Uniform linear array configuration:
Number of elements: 32
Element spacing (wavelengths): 0.25
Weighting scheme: blackman
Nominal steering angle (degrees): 30
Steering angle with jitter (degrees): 29.82
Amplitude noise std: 0.05
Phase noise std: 0.05

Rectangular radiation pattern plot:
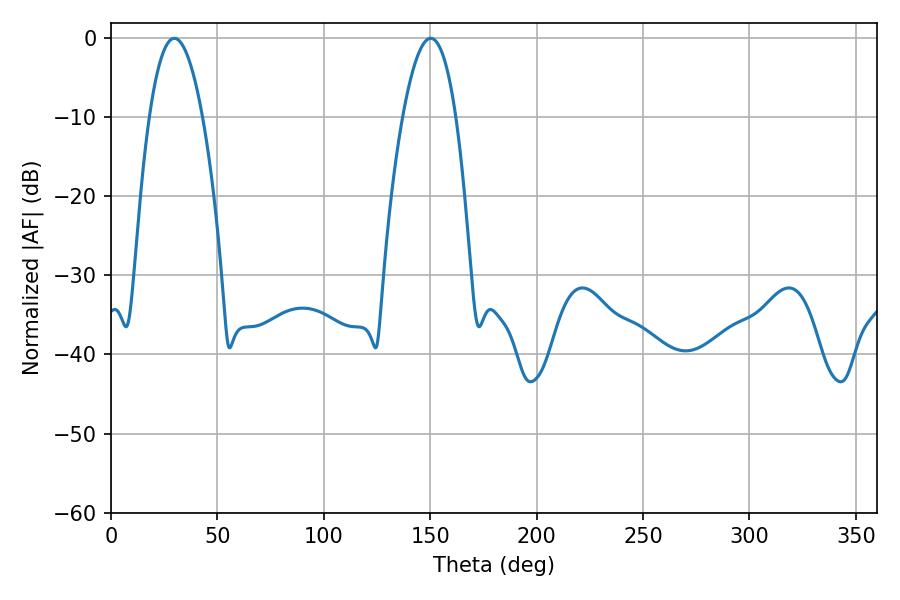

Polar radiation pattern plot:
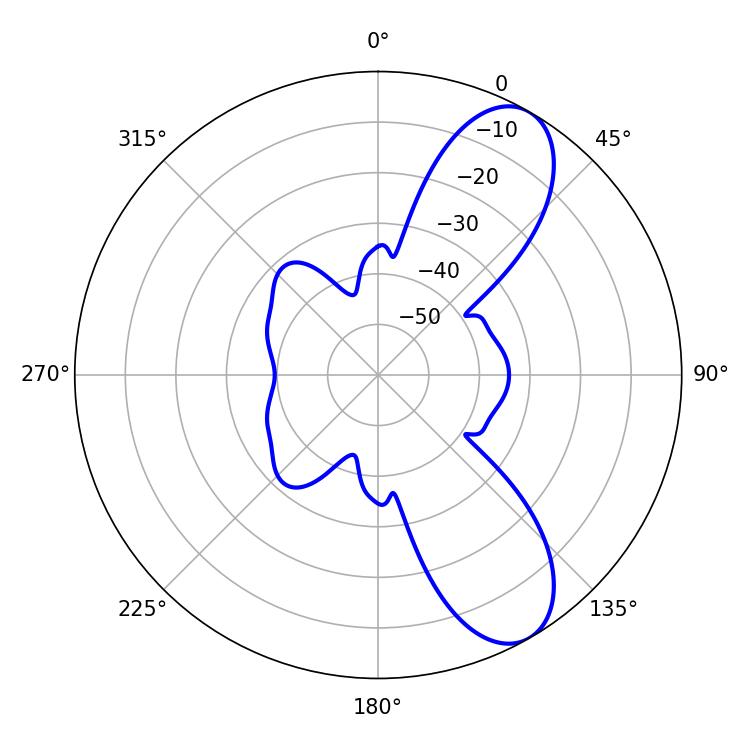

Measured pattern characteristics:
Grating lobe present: FALSE
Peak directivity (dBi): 8.904
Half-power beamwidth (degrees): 13.86
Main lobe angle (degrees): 29.7